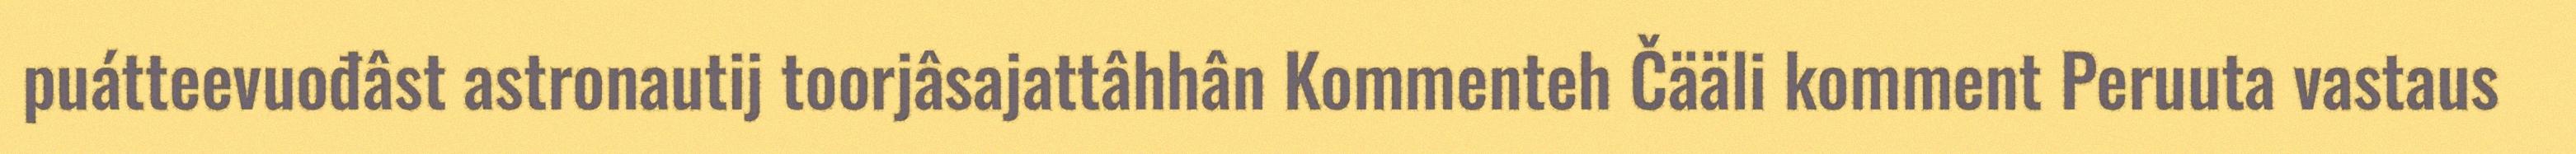
puátteevuođâst astronautij toorjâsajattâhhân Kommenteh Čääli komment Peruuta vastaus